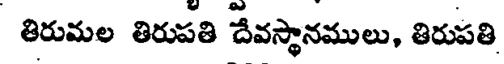
తిరుమల తిరుపతి దేవస్థానములు, తిరుపతి